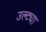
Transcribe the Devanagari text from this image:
उल्ट्या